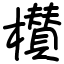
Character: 櫕